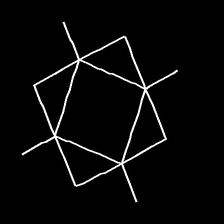
Glyph: light